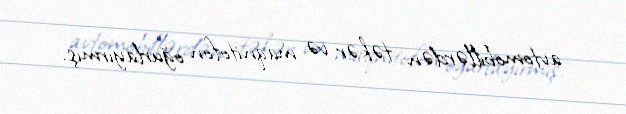
avtomobillərdən təkər və maqnitofon oğurlayırmış.